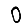
Digit: 0